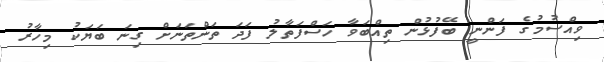
ވިއްސުމުގެ ފަންނީ ބޭފުޅުން ތިއްބަވާ ހަސްފަތާލު ފަދަ ތަންތަނަށް ގިނަ ބަޔަކު މިހާރު